Report on vaccination in Madras 1895-1903 - 1895-1903
Year: 1895
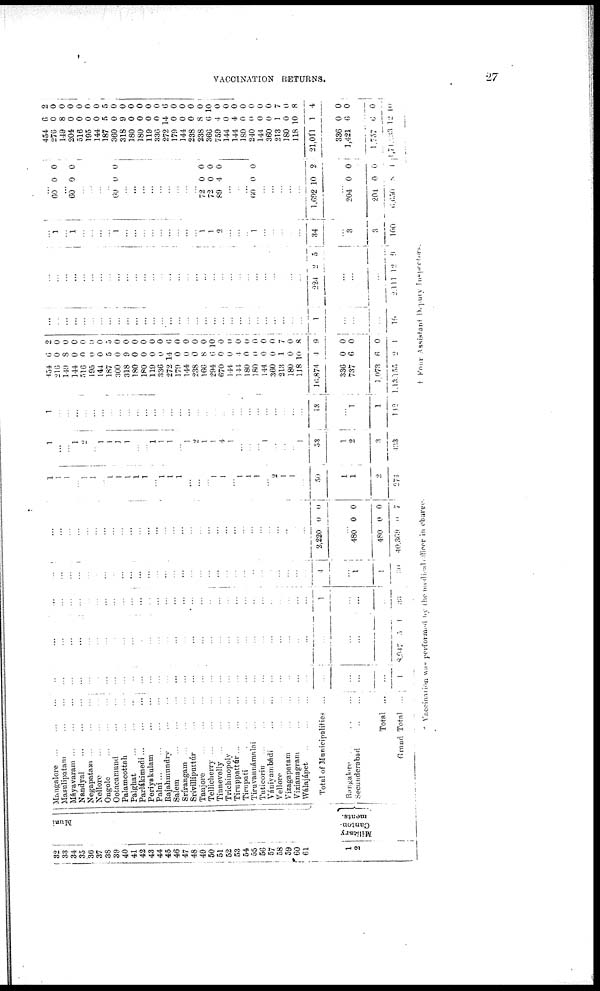
VACCINATION RETURNS.
27
32
33
34
35
36
37
38
39
40
41
42
43
44
45
46
47
48
49
50
51
52
53
54
55
56
57
58
59
60
61
1
2
Muni
Military
Canton¬
ments.
Mangalore ... ... ...
Masulipatani
...
...
Máyavaram
...
...
...
Nandyal
...
...
...
Negapatam ... ... ...
Nellore
...
...
...
Ongole
...
...
...
Ootacamund
...
...
...
Palamcottah ... ...
Palghat
...
...
...
Parlákimedi
...
...
...
Periyakulam
...
...
...
Palni
...
...
...
...
Rajahmnndry ... ...
Salem
...
...
...
Srírangam
...
...
...
Srívilliputtúr ... ...
Tanjore
...
...
...
Tellicherry
...
...
...
Tinnevelly
...
...
...
Trichinopoly
...
...
Tiruppattúr
...
...
...
Tirupati
...
...
...
Tiruvannámalai ... ...
Tuticorin
... ... ...
Vániyambádi
...
...
Vellore ... ...
Vizagapatam ... ...
Vizianagram ... ...
Wálajápet ... ... ...
Total of Municipalities ...
Bangalore ... ... ...
Secunderabad ... ...
Total ...
Grand Total ...
...
...
...
...
...
...
...
...
...
...
...
...
...
...
...
...
...
...
...
...
...
...
...
...
...
...
...
...
...
...
...
...
...
...
1
...
...
...
...
...
...
...
...
...
...
...
...
...
...
...
...
...
...
...
...
...
...
...
...
...
...
...
...
...
...
...
...
...
...
8,947 0 1
...
...
...
...
...
...
...
...
...
...
...
...
...
...
...
...
...
...
...
...
...
...
...
...
...
...
...
...
...
...
1
...
...
...
33
...
...
...
...
...
...
...
...
...
...
...
...
...
...
...
...
...
...
...
...
...
...
...
...
...
...
...
...
...
...
4
...
1
1
30
...
...
...
...
...
...
...
...
...
...
...
...
...
...
...
...
...
...
...
...
...
...
...
...
...
...
...
...
...
...
3,220 0 0
...
480
480
40,869
0
0
0
0
0
7
1
1
1
...
1
1
...
1
1
1
1
1
...
1
1
1
...
...
...
1
1
...
1
1
1
...
2
1
1
...
50
1
1
2
271
1
...
...
1
2
...
1
1
1
1
...
...
1
1
1
...
1
2
1
1
4
1
...
...
...
1
...
...
...
1
53
1
2
3
433
1
...
...
...
...
...
...
...
...
...
...
...
...
...
...
...
...
...
...
...
...
...
...
...
...
...
...
...
...
...
13
...
1
1
142
454
216
140
144
516
195
144
187
300
318
180
180
119
336
272
179
144
238
166
294
670
144
144
180
180
144
360
213
180
118
16,874
336
737
1,078
1,18,155
6
0
8
0
0
0
0
5
0
9
0
0
0
0
14
0
0
0
8
6
0
0
4
0
0
0
0
1
0
10
4
0
6
6
2
2
0
0
0
0
0
0
5
0
0
0
0
0
0
0
0
0
0
0
10
0
0
0
0
0
0
0
7
0
8
9
0
0
0
1
...
...
...
...
...
...
...
...
...
...
...
...
...
...
...
...
...
...
...
...
...
...
...
...
...
...
...
...
...
...
1
...
...
19
...
...
1
...
...
...
...
...
...
...
...
...
...
...
...
...
...
...
...
...
...
...
...
...
...
...
...
...
...
...
224 2 0
...
...
...
2,111 12
9
...
1
...
1
...
...
...
...
1
...
...
...
...
...
...
...
...
...
1
1
2
...
...
...
1
...
...
...
...
...
34
...
3
3
100
...
60 0 0
...
60 0 0
...
...
...
...
60 0 0
...
...
...
...
...
...
...
...
...
72
72
89
0
0
4
0
0
0
...
...
...
60 0 0
...
...
...
...
...
1,692 10 2
...
204
204
6, 650
0
0
8
0
0
1
454
276
149
204
516
195
144
187
360
318
180
180
119
336
272
179
144
238
238
366
759
144
144
180
240
144
360
213
180
118
21,011
336
1,421
1,757
l,71,333
6
0
8
0
0
0
0
5
0
9
0
0
0
0
14
0
0
0
8
6
4
0
4
0
0
0
0
1
0
10
1
0
6
6
12
2
0
0
0
0
0
0
5
0
0
0
0
0
0
6
0
0
0
0
10
0
0
0
0
0
0
0
7
0
8
4
0
0
0
10
* Vaccination was performed by the medical officer in charge.
† Four Assistant Deputy Inspectors.